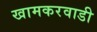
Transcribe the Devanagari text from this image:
खामकरवाडी